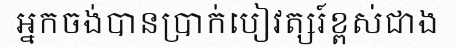
អ្នកចង់បានប្រាក់បៀវត្សរ៍ខ្ពស់ជាង